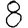
Digit: 8